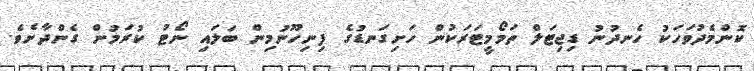
ކޮންމެދުވަހަކު ހެނދުނު ޑިޖިޓަލް ތަމޯމީޓަރަކުން ހަށިގަނޑުގެ ފިނިހޫނުމިން ބަލައި ނޯޓު ކުރަމުން ގެންދާށެވެ.